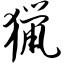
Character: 猎